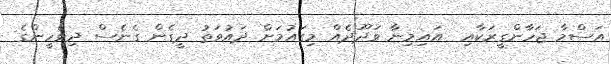
އަސްމާ ޖަހާންގީރަކާއި  އައިމިނާ ވަދޫދެއް މިގައުމަށް ދައުވަތު ދީގެން ގެނެސް ދިވެހީންގެ